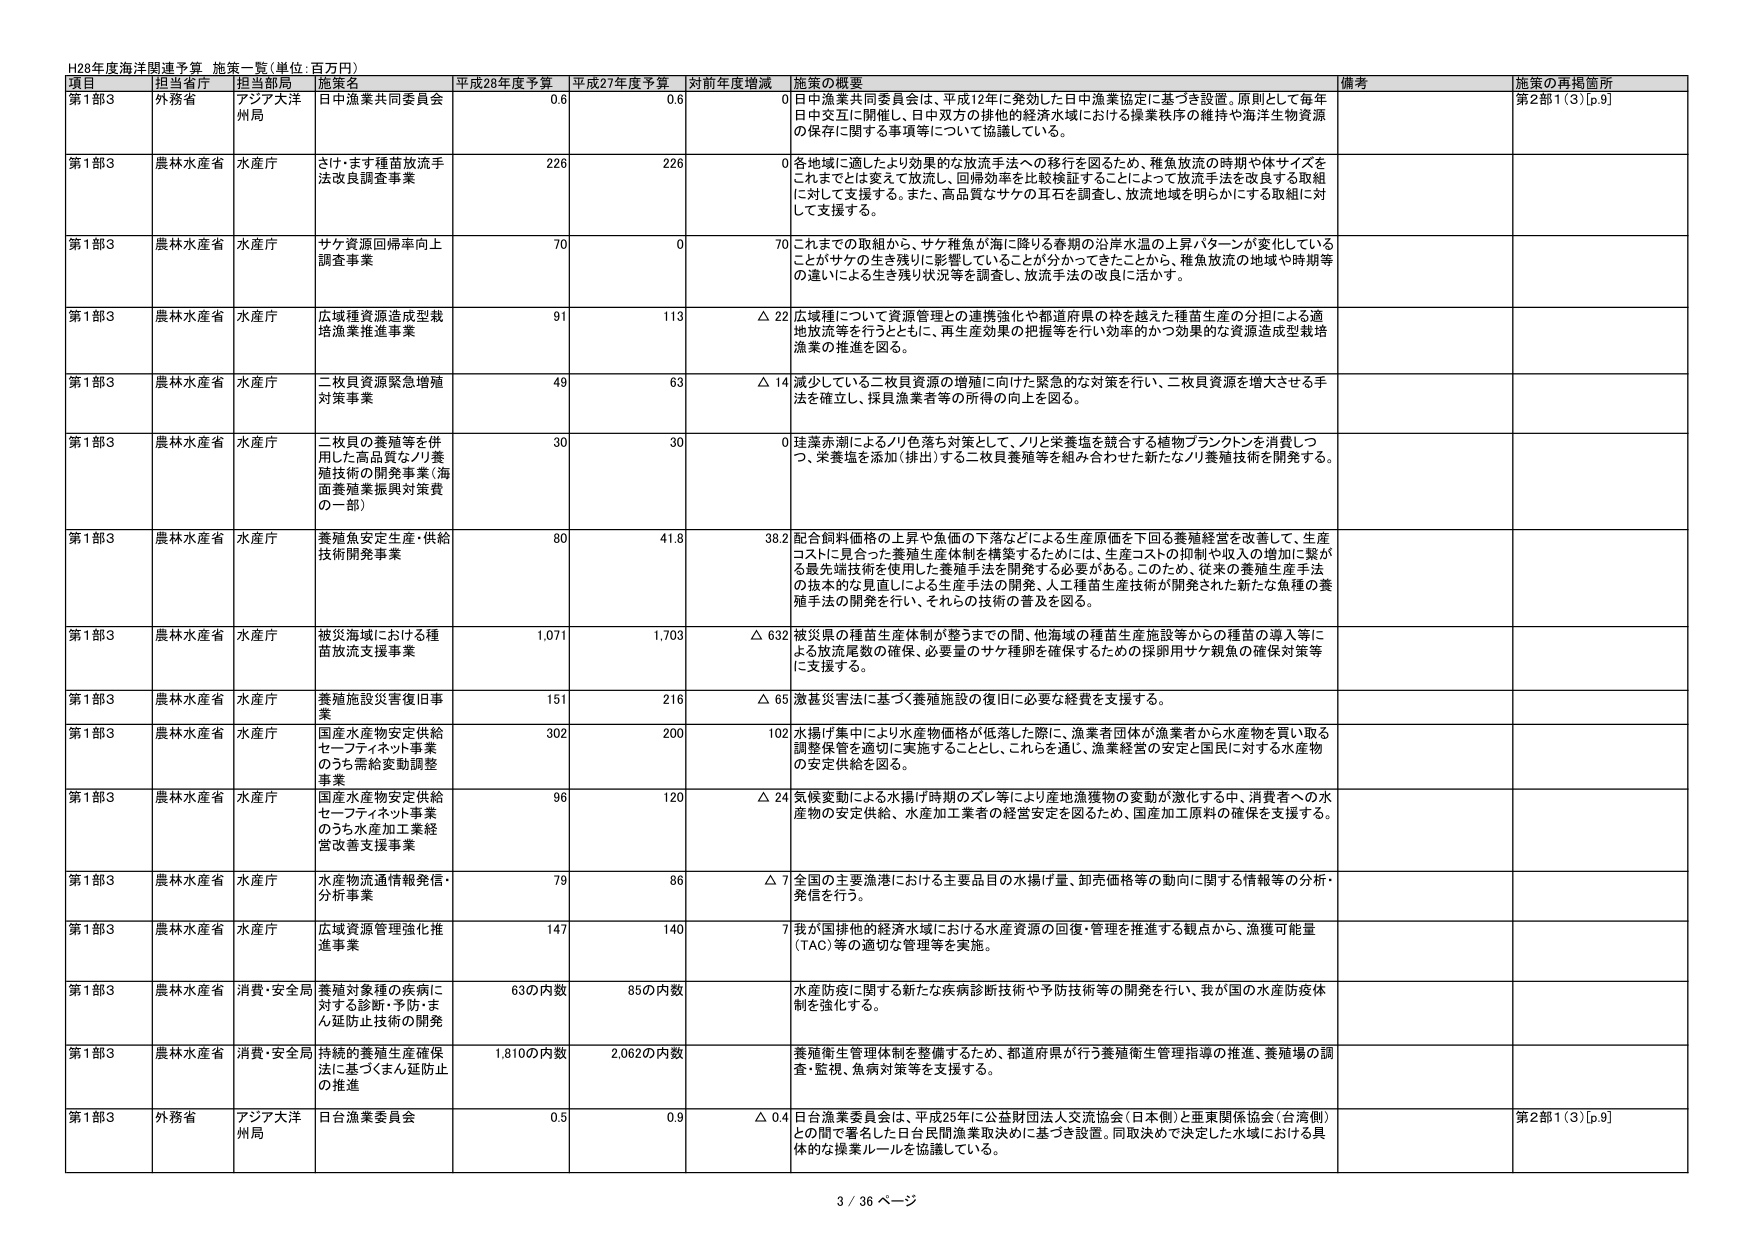
H28年度海洋関連予算 施策一覧(単位:百万円)

項目 担当省庁 担当部局 施策名 平成28年度予算 平成27年度予算 対前年度増減 施策の概要 備考 施策の再掲箇所

第1部3 外務省 アジア大洋州局 日中漁業共同委員会 0.6 0.6 0 日中漁業共同委員会は、平成12年に発効した日中漁業協定に基づき設置。原則として毎年日中交互に開催し、日中双方の排他的経済水域における操業秩序の維持や海洋生物資源の保存に関する事項等について協議している。 第2部1(3)[p.9]

第1部3 農林水産省 水産庁 さけ・ます種苗放流手法改良調査事業 226 226 0 各地域に適したより効果的な放流手法への移行を図るため、稚魚放流の時期や体サイズをこれまでとは変えて放流し、回帰効率を比較検証することによって放流手法を改良する取組に対して支援する。また、高品質なサケの耳石を調査し、放流地域を明らかにする取組に対して支援する。

第1部3 農林水産省 水産庁 サケ資源回帰率向上調査事業 70 0 70 これまでの取組から、サケ稚魚が海に降りる春期の沿岸水温の上昇パターンが変化していることがサケの生き残りに影響していることが分かってきたことから、稚魚放流の地域や時期等の違いによる生き残り状況等を調査し、放流手法の改良に活かす。

第1部3 農林水産省 水産庁 広域種資源造成型栽培漁業推進事業 91 113 △ 22 広域種について資源管理との連携強化や都道府県の枠を越えた種苗生産の分担による適地放流等を行うとともに、再生産効果の把握等を行い効率的かつ効果的な資源造成型栽培漁業の推進を図る。

第1部3 農林水産省 水産庁 二枚貝資源緊急増殖対策事業 49 63 △ 14 減少している二枚貝資源の増殖に向けた緊急的な対策を行い、二枚貝資源を増大させる手法を確立し、採貝漁業者等の所得の向上を図る。

第1部3 農林水産省 水産庁 二枚貝の養殖等を併用した高品質なノリ養殖技術の開発事業(海面養殖業振興対策費の一部) 30 30 0 洋藻赤潮によるノリ色落ち対策として、ノリと栄養塩を競合する植物プランクトンを消費しつつ、栄養塩を添加(排出)する二枚貝養殖等を組み合わせた新たなノリ養殖技術を開発する。

第1部3 農林水産省 水産庁 養殖魚安定生産・供給技術開発事業 80 41.8 38.2 配合飼料価格の上昇や魚価の下落などによる生産原価を下回る養殖経営を改善して、生産コストに見合った養殖生産体制を構築するためには、生産コストの抑制や収入の増加に繋がる最先端技術を使用した養殖手法を開発する必要がある。このため、従来の養殖生産手法の抜本的な見直しによる生産手法の開発、人工種苗生産技術が開発された新たな魚種の養殖手法の開発を行い、それらの技術の普及を図る。

第1部3 農林水産省 水産庁 被災海域における種苗放流支援事業 1,071 1,703 △ 632 被災県の種苗生産体制が整うまでの間、他海域の種苗生産施設等からの種苗の導入等による放流尾数の確保、必要量のサケ種卵を確保するための採卵用サケ親魚の確保対策等に支援する。

第1部3 農林水産省 水産庁 養殖施設災害復旧事業 151 216 △ 65 激甚災害法に基づく養殖施設の復旧に必要な経費を支援する。

第1部3 農林水産省 水産庁 国産水産物安定供給セーフティネット事業のうち需給変動調整事業 302 200 102 水揚げ集中により水産物価格が低落した際に、漁業者団体が漁業者から水産物を買い取る調整保管を適切に実施することとし、これを通じ、漁業経営の安定と国民に対する水産物の安定供給を図る。

第1部3 農林水産省 水産庁 国産水産物安定供給セーフティネット事業のうち水産加工業経営改善支援事業 96 120 △ 24 気候変動による水揚げ時期のズレ等により産地漁獲物の変動が激化する中、消費者への水産物の安定供給、水産加工業者の経営安定を図るため、国産加工原料の確保を支援する。

第1部3 農林水産省 水産庁 水産物流通情報発信・分析事業 79 86 △ 7 全国の主要漁港における主要品目の水揚げ量、卸売価格等の動向に関する情報等の分析・発信を行う。

第1部3 農林水産省 水産庁 広域資源管理強化推進事業 147 140 7 我が国排他的経済水域における水産資源の回復・管理を推進する観点から、漁獲可能性(TAC)等の適切な管理等を実施。

第1部3 農林水産省 消費・安全局 養殖対象種の疾病に対する診断・予防・まん延防止技術の開発 63の内数 85の内数 水産防疫に関する新たな疾病診断技術や予防技術等の開発を行い、我が国の水産防疫体制を強化する。

第1部3 農林水産省 消費・安全局 持続的養殖生産確保法に基づくまん延防止の推進 1,810の内数 2,062の内数 養殖衛生管理体制を整備するため、都道府県が行う養殖衛生管理指導の推進、養殖場の調査・監視、魚病対策等を支援する。

第1部3 外務省 アジア大洋州局 日台漁業委員会 0.5 0.9 △ 0.4 日台漁業委員会は、平成25年に公益財団法人交流協会(日本側)と亜東関係協会(台湾側)との間で署名した日台民間漁業取決めに基づき設置。同取決めで決定した水域における具体的な操業ルールを協議している。 第2部1(3)[p.9]

3 / 36 ページ